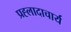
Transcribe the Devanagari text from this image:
प्रह्लादाचार्य